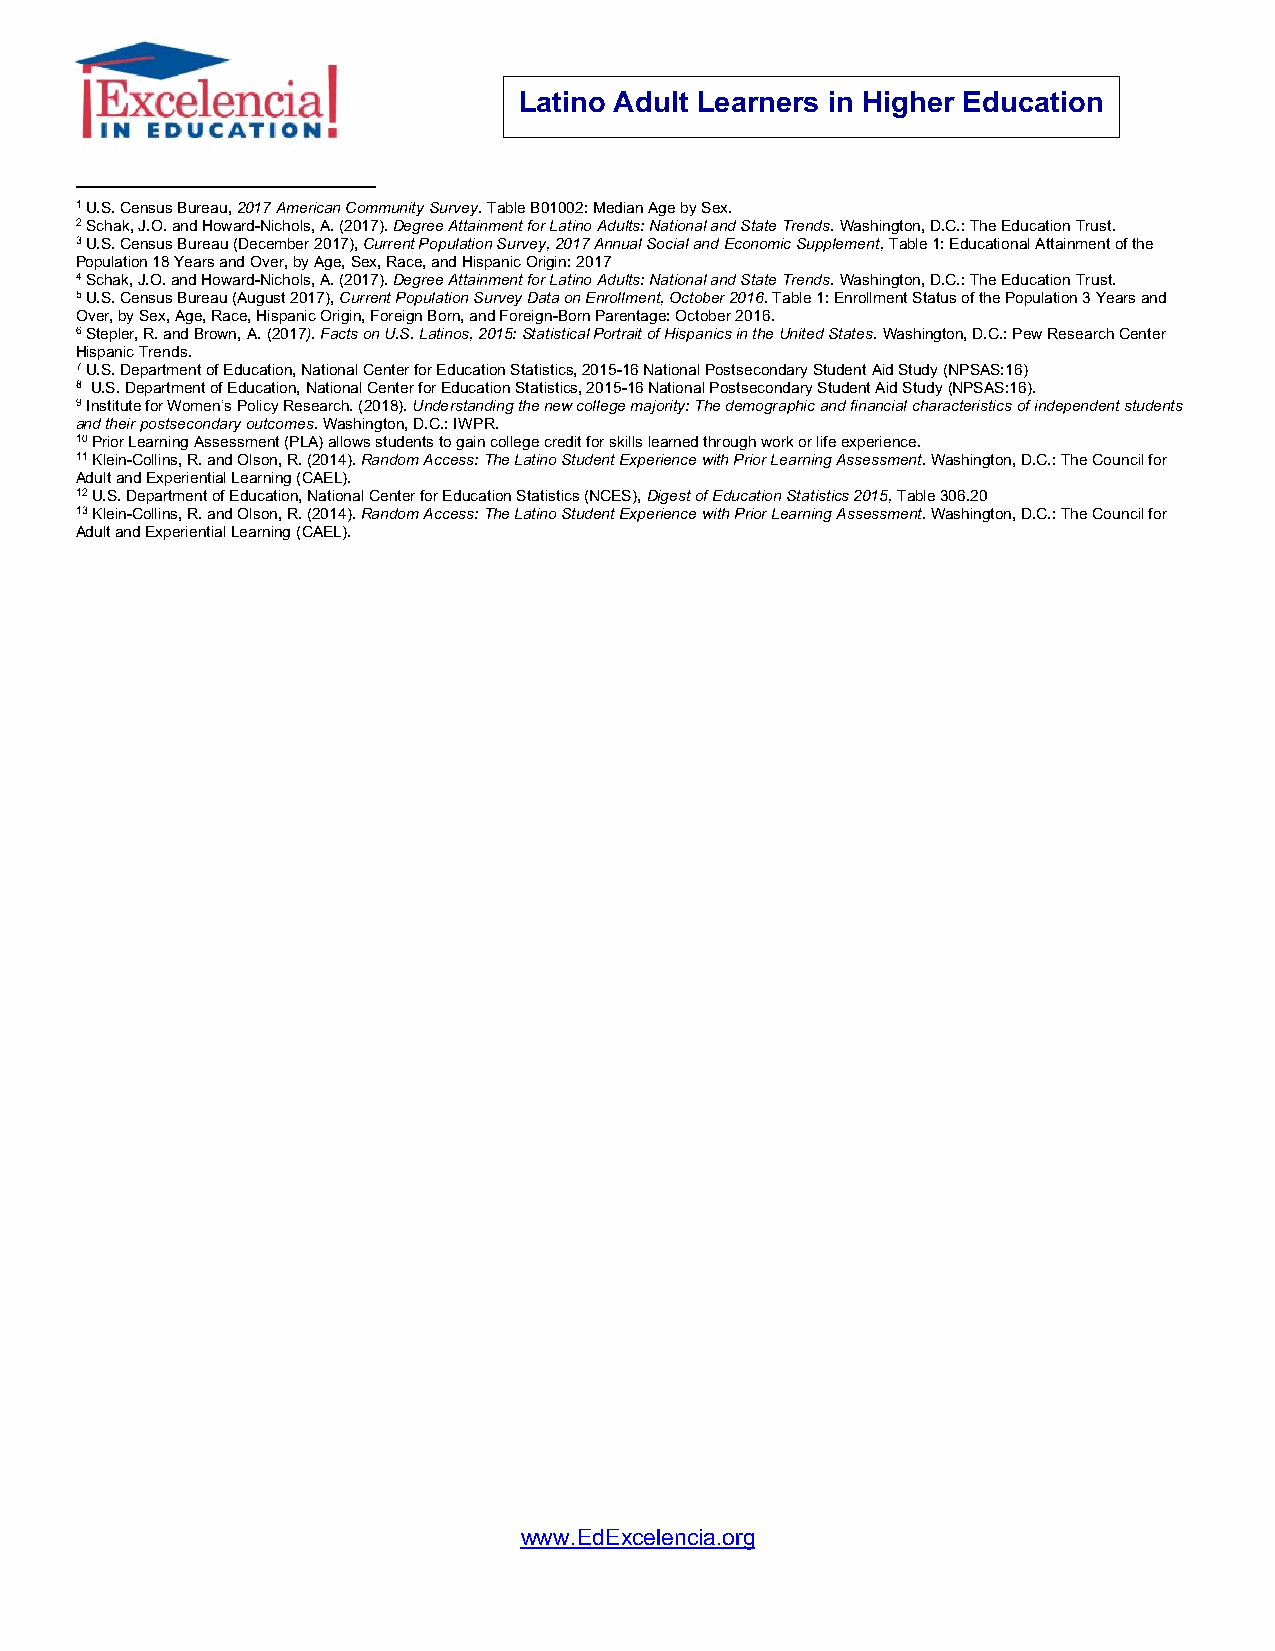
Latino Adult Learners in Higher Education
 1 U.S. Census Bureau, 2017 American Community Survey. Table B01002: Median Age by Sex.
 2 Schak, J.O. and Howard-Nichols, A. (2017). Degree Attainment for Latino Adults: National and State Trends. Washington, D.C.: The Education Trust.
 3 U.S. Census Bureau (December 2017), Current Population Survey, 2017 Annual Social and Economic Supplement, Table 1: Educational Attainment of the
 Population 18 Years and Over, by Age, Sex, Race, and Hispanic Origin: 2017
 4 Schak, J.O. and Howard-Nichols, A. (2017). Degree Attainment for Latino Adults: National and State Trends. Washington, D.C.: The Education Trust.
 5 U.S. Census Bureau (August 2017), Current Population Survey Data on Enrollment, October 2016. Table 1: Enrollment Status of the Population 3 Years and
 Over, by Sex, Age, Race, Hispanic Origin, Foreign Born, and Foreign-Born Parentage: October 2016.
 6 Stepler, R. and Brown, A. (2017). Facts on U.S. Latinos, 2015: Statistical Portrait of Hispanics in the United States. Washington, D.C.: Pew Research Center
 Hispanic Trends.
 7 U.S. Department of Education, National Center for Education Statistics, 2015-16 National Postsecondary Student Aid Study (NPSAS:16)
 8 U.S. Department of Education, National Center for Education Statistics, 2015-16 National Postsecondary Student Aid Study (NPSAS:16).
 9 Institute for Women’s Policy Research. (2018). Understanding the new college majority: The demographic and financial characteristics of independent students
 and their postsecondary outcomes. Washington, D.C.: IWPR.
 10 Prior Learning Assessment (PLA) allows students to gain college credit for skills learned through work or life experience.
 11 Klein-Collins, R. and Olson, R. (2014). Random Access: The Latino Student Experience with Prior Learning Assessment. Washington, D.C.: The Council for
 Adult and Experiential Learning (CAEL).
 12 U.S. Department of Education, National Center for Education Statistics (NCES), Digest of Education Statistics 2015, Table 306.20
 13 Klein-Collins, R. and Olson, R. (2014). Random Access: The Latino Student Experience with Prior Learning Assessment. Washington, D.C.: The Council for
 Adult and Experiential Learning (CAEL).
 www.EdExcelencia.org